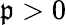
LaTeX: \mathfrak{p}>0